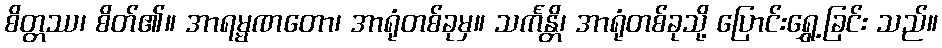
စိတ္တဿ၊ စိတ်၏။ အာရမ္မဏတော၊ အာရုံတစ်ခုမှ။ သင်္ကန္တိ၊ အာရုံတစ်ခုသို့ ပြောင်းရွှေ့ခြင်း သည်။